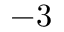
- 3